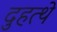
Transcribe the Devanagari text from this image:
दुहत्थे